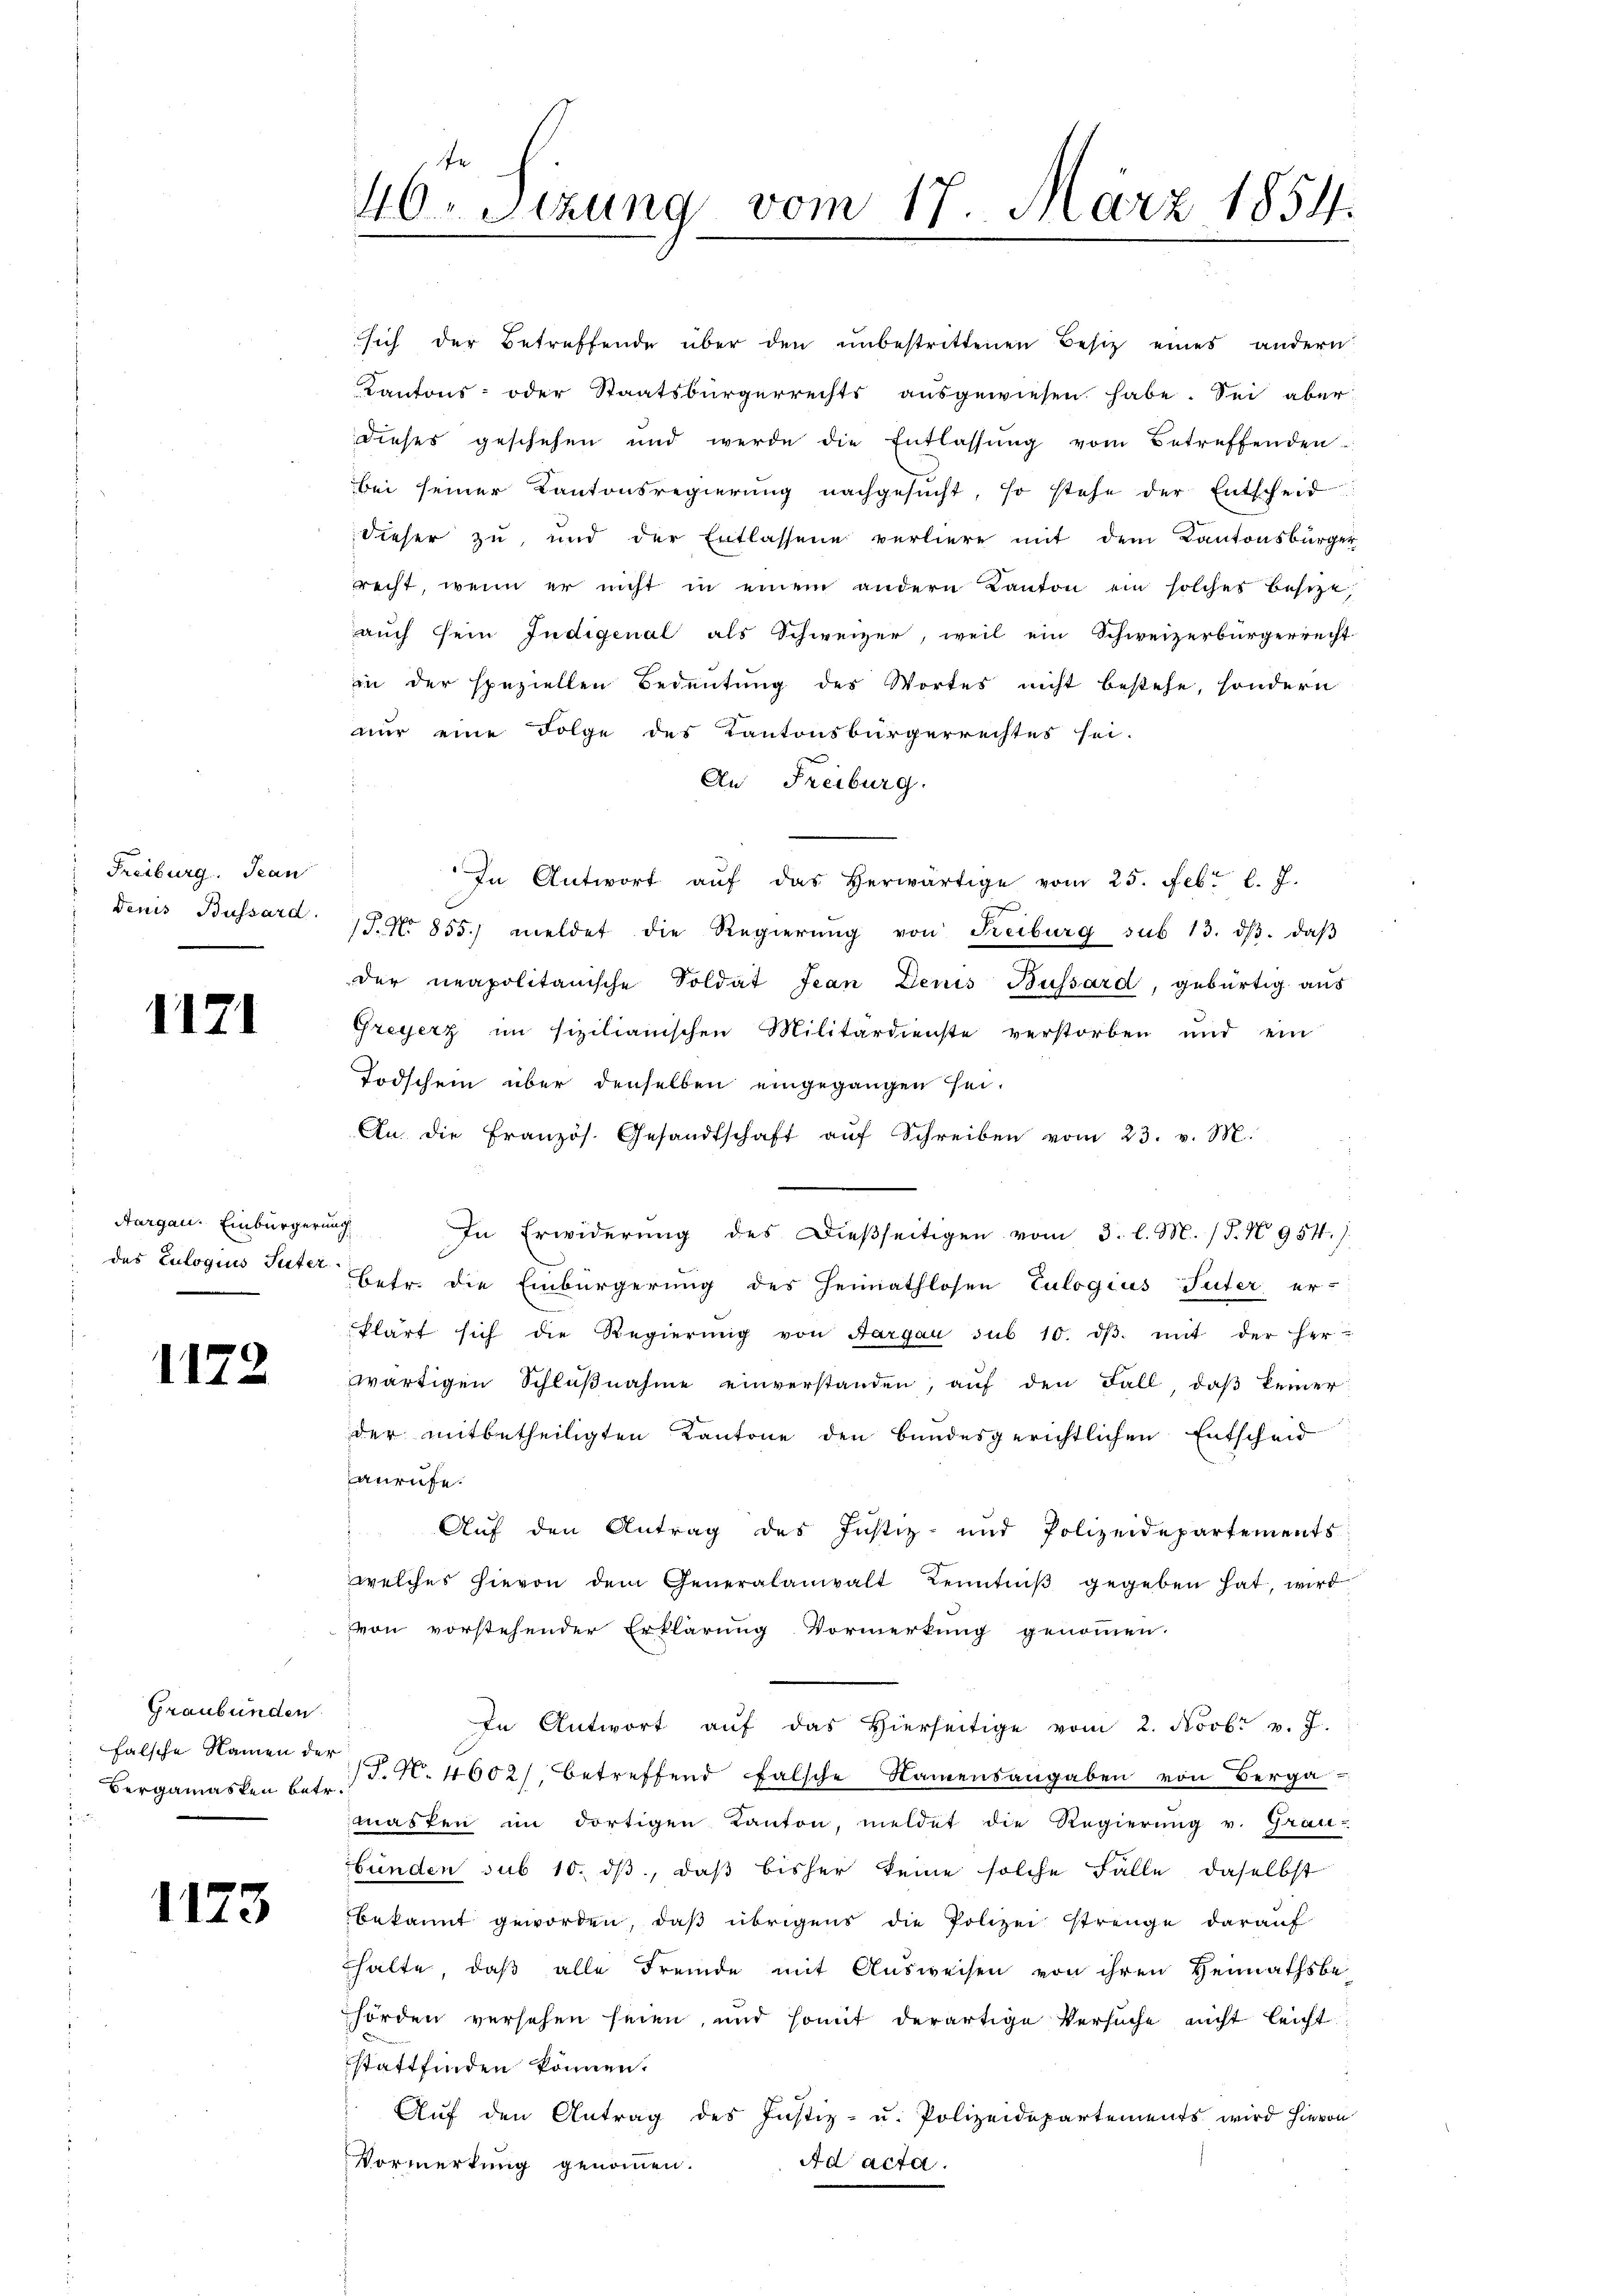
Freiburg. Jean

1171

1172

Graubünden
falsche Namen der

1173

sich der Betreffende über den unbestrittenen Besitz eines andern
Kantons- oder Staatsbürgerrechts ausgewiesen habe. Sei aber
dieses geschehen und werde die Entlassŭng vom Betreffenden
bei seiner Kantonsregierung nachgesucht, so stehe der Entscheid
dieser zu, und der Entlassene verliere mit dem Kantonsbürger
recht, wenn er nicht in einem andern Kanton ein solches besitzt,
auch sein Indigenal als Schweizer, weil ein Schweizerbürgerrecht
in der speziellen Bedeutung des Wortes nicht bestehe, sondern
nur eine Folge des Kantonsbürgerrechtes sei.
An Freiburg.
In Antwort aŭf das herwärtige vom 25. Febr. l. J.
denis Bussard 7. No 855. meldet die Regierŭng von Freiburg sub 13. dβ. daβ
der neapolitanische Soldat Jean Denis Bussard, gebürtig aus
Greyerz im sizilianischen Militärdienste verstorben und ein
Todschein über denselben eingegangen sei.
An. die Französ. Gesandtschaft aŭf Schreiben vom 23. v. M.
Aargau. Einbürgerung. In Erwiderung des Dießseitigen vom 3. l. M. (T. N. 954./.
 des Culogius Suter betr. die Einbürgerung des Heimathlosen Eulogius Suter er-
klärt sich die Regierung von Aargau sub 10. dβ. mit der her-
wärtigen Schlußnahme einverstanden, auf den Fall, daß keiner
der mitbetheiligten Kantone den bundesgerichtlichen Entscheid
anrufe.
Auf den Antrag des Justiz- und Polizeidepartements
welches hievon dem Generalanwalt Kenntniβ gegeben hat, wird
von vorstehender Erklärung Vormerkung genommen.
In Antwort aŭf das Hierseitige vom 2. Novbr v. J.
Bergamasken betr. d. M. 4602/, betreffend falsche Namensangaben von Berga
masten im dortigen Kanton, meldet die Regierung v. Grau-
bünden sub 10. dβ, daß bisher keine solche Fälle, daselbst
bekannt geworden, daβ übrigens die Polizei strenge darauf
halte, daß alle Fremde mit Ausweisen von ihren Heimathsbehörden versehen seien, und somit derartige Versuche nicht leicht
stattfinden können.
Aŭf den Antrag des Justiz- u. Polizeidepartements wird hievon
Ad acta.
Vormerkung genommen.

fe
46 Sizung vom 17. März 1854.